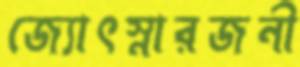
জ্যোৎস্নারজনী